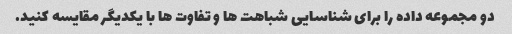
دو مجموعه داده را برای شناسایی شباهت ها و تفاوت ها با یکدیگر مقایسه کنید.